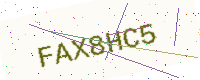
Text: FAX8HC5